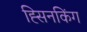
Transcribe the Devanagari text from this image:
ह्सिनकिंग